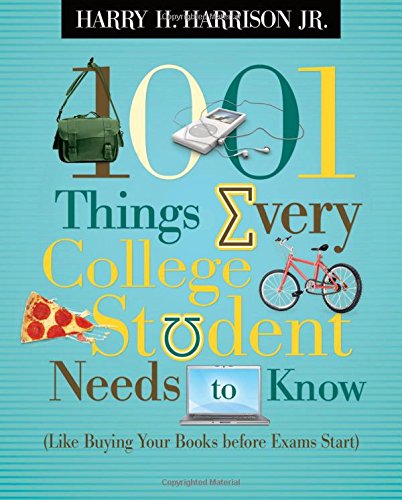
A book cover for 1001 Things Every College Student Needs to Know: (Like Buying Your Books Before Exams Start); Harry Harrison; Education & Teaching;